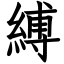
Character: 縛